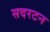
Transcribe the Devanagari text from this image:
सदरटन